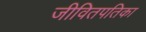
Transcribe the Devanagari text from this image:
जीवितपतिका